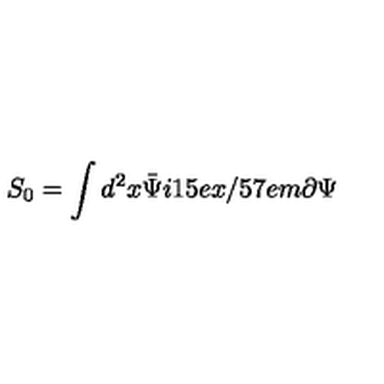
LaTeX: S _ { 0 } = \int d ^ { 2 } x \bar { \Psi } i \raise . 1 5 e x \mathrm { / } \kern - . 5 7 e m \mathrm { \partial } \Psi